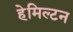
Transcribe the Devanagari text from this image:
हेमिल्‍टन